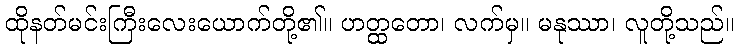
ထိုနတ်မင်းကြီးလေးယောက်တို့၏။ ဟတ္ထတော၊ လက်မှ။ မနုဿာ၊ လူတို့သည်။